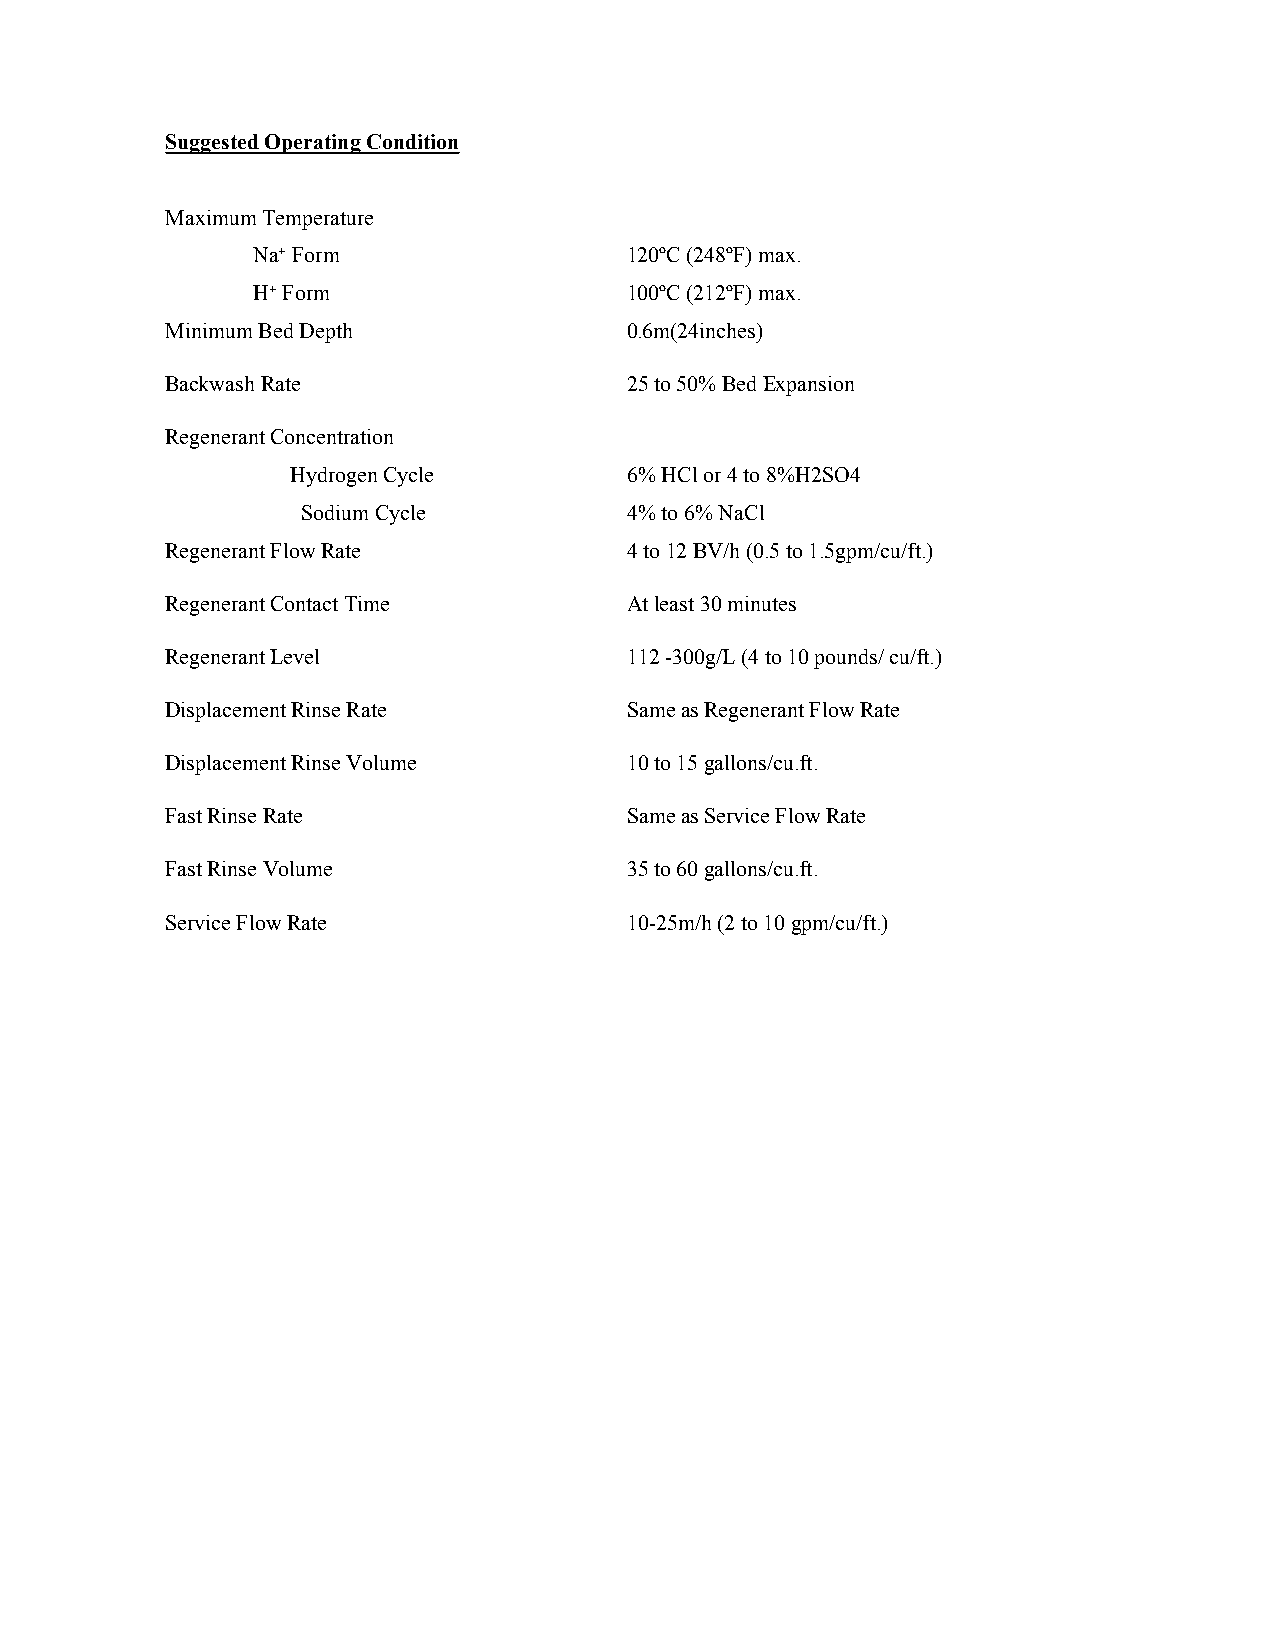
Suggested Operating Condition
 Maximum Temperature
 Na+ Form                120ºC (248ºF) max.
 H+ Form                 100ºC (212ºF) max.
 Minimum Bed Depth             0.6m(24inches)
 Backwash Rate                 25 to 50% Bed Expansion
 Regenerant Concentration
 Hydrogen Cycle        6% HCl or 4 to 8%H2SO4
 Sodium Cycle         4% to 6% NaCl
 Regenerant Flow Rate          4 to 12 BV/h (0.5 to 1.5gpm/cu/ft.)
 Regenerant Contact Time       At least 30 minutes
 Regenerant Level              112 -300g/L (4 to 10 pounds/ cu/ft.)
 Displacement Rinse Rate       Same as Regenerant Flow Rate
 Displacement Rinse Volume     10 to 15 gallons/cu.ft.
 Fast Rinse Rate               Same as Service Flow Rate
 Fast Rinse Volume             35 to 60 gallons/cu.ft.
 Service Flow Rate             10-25m/h (2 to 10 gpm/cu/ft.)